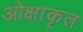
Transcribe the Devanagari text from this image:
ओक्षाकृत